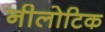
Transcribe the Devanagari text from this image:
नीलोटिक